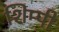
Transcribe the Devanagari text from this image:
शिम्पी